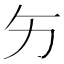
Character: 𱐩